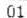
01